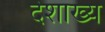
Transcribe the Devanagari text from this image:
देशाख्य